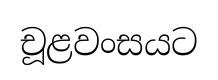
චූළවංසයට